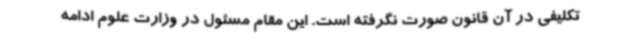
تکلیفی در آن قانون صورت نگرفته است. این مقام مسئول در وزارت علوم ادامه